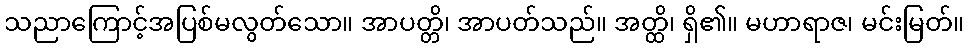
သညာကြောင့်အပြစ်မလွတ်သော။ အာပတ္တိ၊ အာပတ်သည်။ အတ္ထိ၊ ရှိ၏။ မဟာရာဇ၊ မင်းမြတ်။